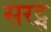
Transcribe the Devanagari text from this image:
सरट्से